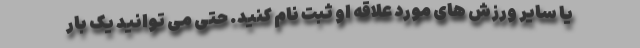
یا سایر ورزش های مورد علاقه او ثبت نام کنید. حتی می توانید یک بار